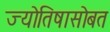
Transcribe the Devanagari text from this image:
ज्योतिषासोबत